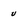
Character: v